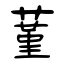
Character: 蓳